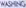
WASHING